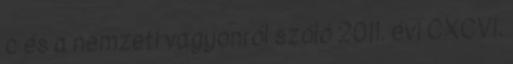
c és a nemzeti vagyonról szóló 2011. évi CXCVI.